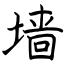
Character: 墙